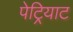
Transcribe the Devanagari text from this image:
पेट्रियाट